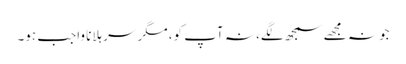
جو نہ مجھے سمجھ لگے، نہ آپ کو، مگر سر ہلانا واجب ہو۔